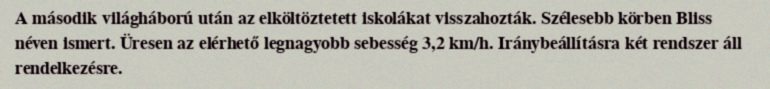
A második világháború után az elköltöztetett iskolákat visszahozták. Szélesebb körben Bliss néven ismert. Üresen az elérhető legnagyobb sebesség 3,2 km/h. Iránybeállításra két rendszer áll rendelkezésre.